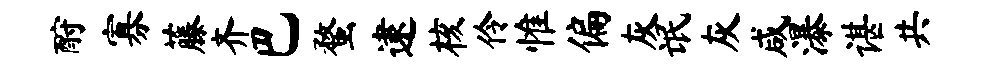
酹寡藤齐巴蝥逮核伶惟偏灰氓灰咸瀑谌共